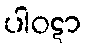
ပါဝဋာ